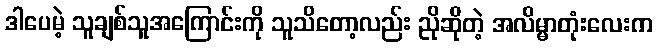
ဒါပေမဲ့ သူချစ်သူအကြောင်းကို သူသိတော့လည်း ညိုဆိုတဲ့ အလိမ္မာတုံးလေးက